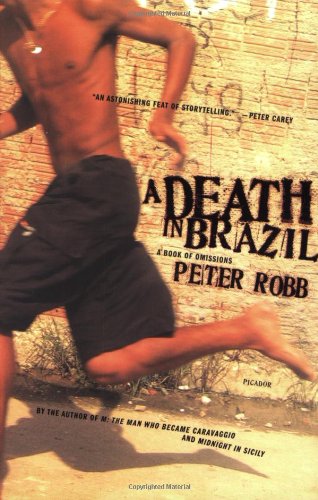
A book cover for A Death in Brazil: A Book of Omissions; Peter Robb; Travel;